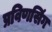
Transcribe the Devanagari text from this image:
प्रविणसिंग